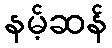
နမ့်ဆန်